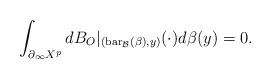
LaTeX: \begin{align*}\int_{\partial_\infty X^p} dB_O|_{(\textup{bar}_\mathcal{B}(\beta),y)}(\cdot)d\beta(y)=0. \end{align*}